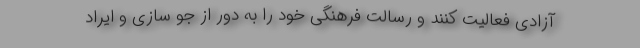
آزادی فعالیت کنند و رسالت فرهنگی خود را به دور از جو سازی و ایراد